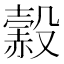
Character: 𧹲